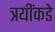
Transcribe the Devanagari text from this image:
त्रयींकडे